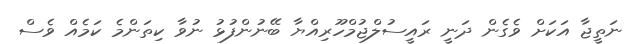
ނަތީޖާ އަކަށް ވެގެން ދަނީ ރައީސުލްޖުމްހޫރިއްޔާ ބޭނުންފުޅު ނުވާ ކިތަންމެ ކަމެއް ވެސް